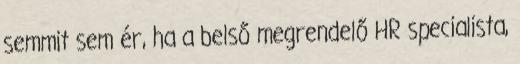
semmit sem ér, ha a belső megrendelő HR specialista,